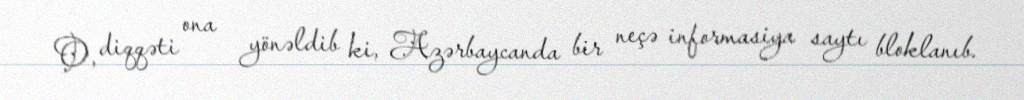
O, diqqəti ona yönəldib ki, Azərbaycanda bir neçə informasiya saytı bloklanıb.